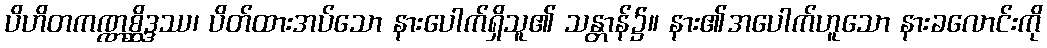
ပိဟိတကဏ္ဏစ္ဆိဒ္ဒဿ၊ ပိတ်ထားအပ်သော နားပေါက်ရှိသူ၏ သန္တာန်၌။ နား၏အပေါက်ဟူသော နားခလောင်းကို